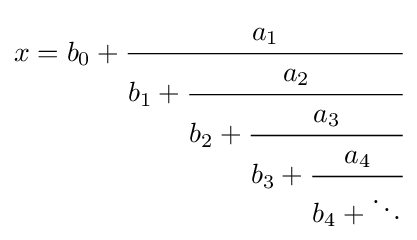
x=b_{0}+{\cfrac {a_{1}}{b_{1}+{\cfrac {a_{2}}{b_{2}+{\cfrac {a_{3}}{b_{3}+{\cfrac {a_{4}}{b_{4}+\ddots }}}}}}}}